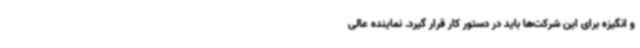
و انگیزه برای این شرکت‌ها باید در دستور کار قرار گیرد. نماینده عالی